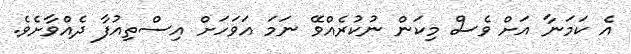
އެ ކަމަނާ އަށް ވެސް މިކަން ނުކުރެއްވޭ ނަމަ އަވަހަށް އިސްތިއުފާ ދެއްވާށެވެ.